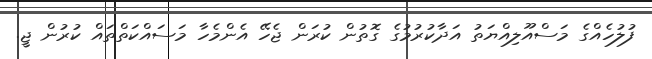
ފުލުހެއްގެ މަސްއޫލިއްޔަތު އަދާކުރުމުގެ ގޮތުން ކުރަން ޖެހޭ އެންމެހާ މަސައްކަތްތައް ކުރުން ޖީ.